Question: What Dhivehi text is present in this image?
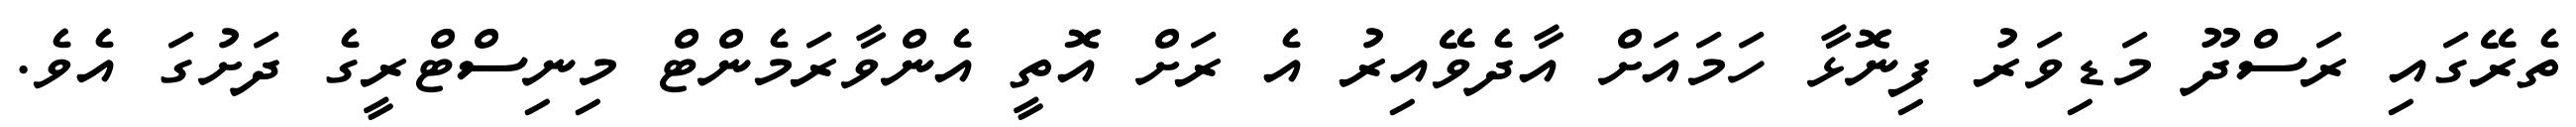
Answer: ތެރޭގައި ރަސްދޫ މަޑިވަރު ފިނޮޅާ ހަމައަށް އާދެވޭއިރު އެ ރަށް އޮތީ އެންވާރަމެންޓް މިނިސްޓްރީގެ ދަށުގަ އެވެ.